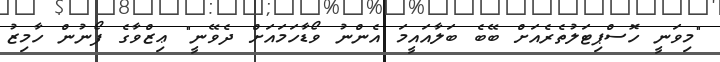
"މިވަނީ ހޮސްޕިޓަލުތެރެއަށް ބޭބެ ބަލާއައީމަ އެންނު ވޯޑާހަމައަށް ދެވޭނީ" ޢިޒްވާގެ ފޯނުން ހާމިޒު